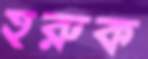
হরুক